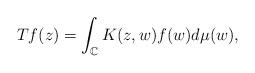
LaTeX: \begin{align*}Tf(z)=\int_{\mathbb{C}} K(z,w)f(w)d\mu(w),\end{align*}